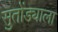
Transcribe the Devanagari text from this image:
सुतोंड्याला